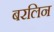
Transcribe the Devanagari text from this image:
बरलिन